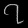
Digit: ၇